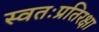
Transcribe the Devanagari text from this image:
स्वतःप्रतिरक्षा